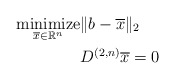
\begin{align*}\underset{\overline{x}\in\mathbb{R}^{n}}{\mbox{minimize}} & \|b-\overline{x}\|_2 \\ & D^{(2,n)}\overline{x}=0\end{align*}